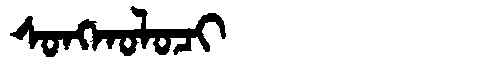
Manchu: ᠰᠣᠩᡴᠣᠯᠣᠴᡳ
Romanization: SONGKOLOCI